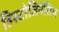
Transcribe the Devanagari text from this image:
हिस्टोजिनेसिस